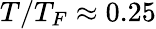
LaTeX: T/T_{F}\approx 0.25